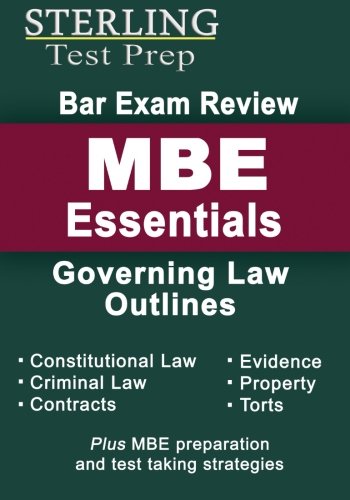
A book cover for Sterling Bar Exam Review MBE Essentials: Governing Law Outlines; Sterling Test Prep; Test Preparation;